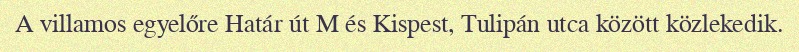
A villamos egyelőre Határ út M és Kispest, Tulipán utca között közlekedik.